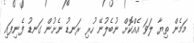
މަމެން ތިޔާ ލަވަ އެއްކޮށް ނުބެލުނޭ ހުރި ރަނޑު ނެށުން ގަނޑު ފެނިފައި